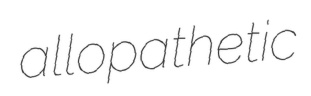
allopathetic